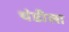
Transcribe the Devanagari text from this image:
थंडीला